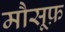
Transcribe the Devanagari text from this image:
मौसूफ़